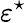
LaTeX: \varepsilon^{\star}